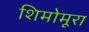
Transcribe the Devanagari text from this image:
शिमोमूरा